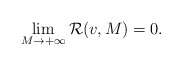
\begin{align*}\lim_{M\to+\infty}\mathcal{R}(v,M)=0.\end{align*}